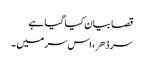
قصا بیان کیا گیا ہے
سر ڈهر، اس سر میں ۔